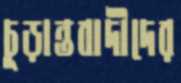
চূড়ান্তবাদীদের